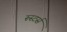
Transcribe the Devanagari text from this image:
रूस्टर्स